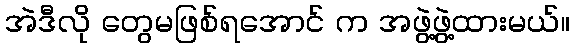
အဲဒီလို တွေမဖြစ်ရအောင် က အဖွဲ့ဖွဲ့ထားမယ်။